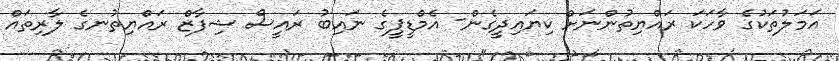
އަމަލުތަކުގެ ވާހަކަ ރައްޔިތުންނަށް ކިޔައިދީގެން- އެމްޑީޕީގެ ނައިބު ރައީސް ޝިފާޒް ރައްޔިތުނގެ ލާރިތައް